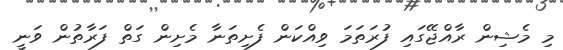
މި މެޝިން ރާއްޖޭގައި ފުރަތަމަ ވިއްކަން ފެށިތަނާ މެށިން ގަތް ފަރާތުން ވަނީ